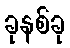
ခုနစ်ခု